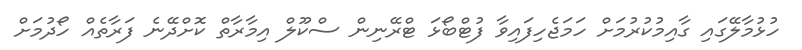
ހުޅުމާލޭގައި ގާއިމުކުރުމަށް ހަމަޖެހިފައިވާ ފުޓްބޯޅަ ޓްރޭނިން ސްކޫލް އިމާރާތް ކޮށްދޭނެ ފަރާތެއް ހޯދުމަށް